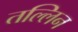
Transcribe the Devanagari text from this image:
तल्लिन